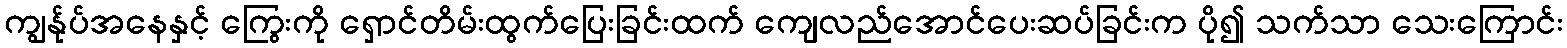
ကျွန်ုပ်အနေနှင့် ကြွေးကို ရှောင်တိမ်းထွက်ပြေးခြင်းထက် ကျေလည်အောင်ပေးဆပ်ခြင်းက ပို၍ သက်သာ သေးကြောင်း